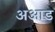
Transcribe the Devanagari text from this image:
अआड